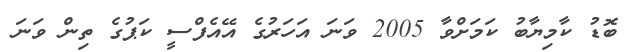
ބޮޑު ކާމިޔާބު ކަމަށްވާ 2005 ވަނަ އަހަރުގެ އޭއެފްސީ ކަޕުގެ ތިން ވަނަ